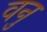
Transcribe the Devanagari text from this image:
वनु